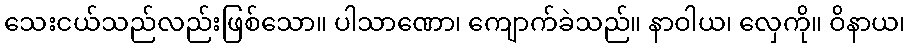
သေးငယ်သည်လည်းဖြစ်သော။ ပါသာဏော၊ ကျောက်ခဲသည်။ နာဝါယ၊ လှေကို။ ဝိနာယ၊